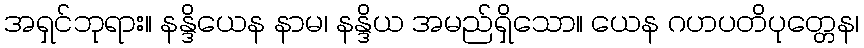
အရှင်ဘုရား။ နန္ဒိယေန နာမ၊ နန္ဒိယ အမည်ရှိသော။ ယေန ဂဟပတိပုတ္တေန၊